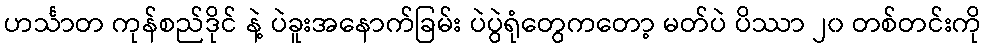
ဟင်္သာတ ကုန်စည်ဒိုင် နဲ့ ပဲခူးအနောက်ခြမ်း ပဲပွဲရုံတွေကတော့ မတ်ပဲ ပိဿာ ၂၀ တစ်တင်းကို